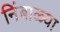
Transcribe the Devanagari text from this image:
निंबाळ्या